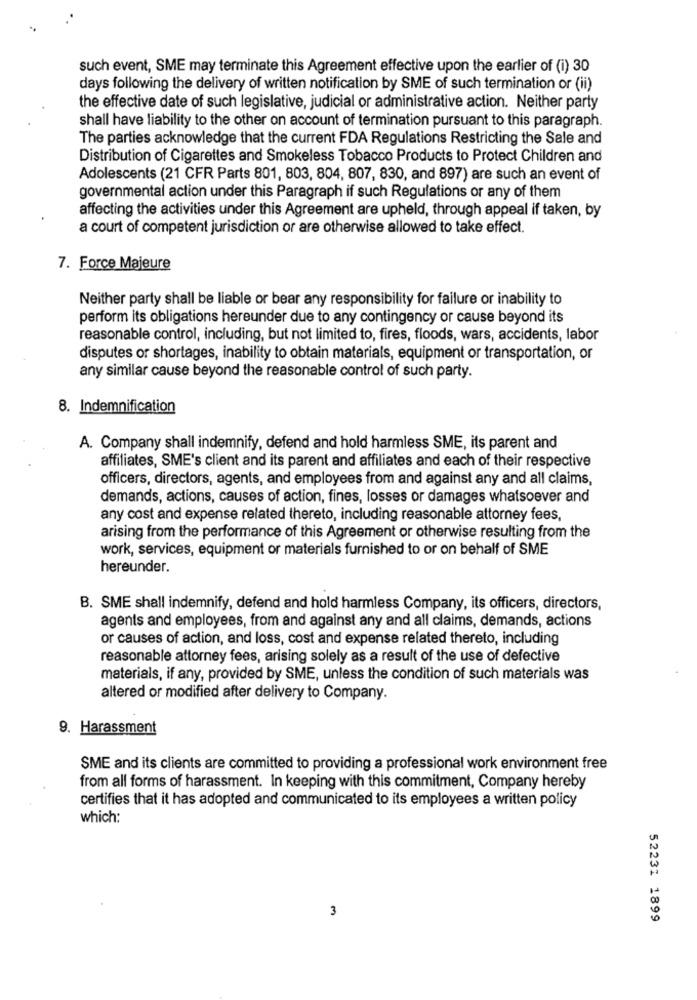
such event, SME may terminate this Agreement effective upon the earlier of (i) 30
days following the delivery of written notification by SME of such termination or (ii)
the effective date of such legislative, judicial or administrative action. Neither party
shall have liability to the other on account of termination pursuant to this paragraph.
The parties acknowledge that the current FDA Regulations Restricting the Sale and
Distribution of Cigarettes and Smokeless Tobacco Products to Protect Children and
Adolescents (21 CFR Parts 801, 803, 804, 807, 830, and 897) are such an event of
governmental action under this Paragraph if such Regulations or any of them
affecting the activities under this Agreement are upheld, through appeal if taken, by
a court of competent jurisdiction or are otherwise allowed to take effect.
7. Force Majeure
Neither party shall be liable or bear any responsibility for failure or inability to
perform its obligations hereunder due to any contingency or cause beyond its
reasonable control, including, but not limited to, fires, floods, wars, accidents, labor
disputes or shortages, inability to obtain materials, equipment or transportation, or
any similar cause beyond the reasonable control of such party.
8. Indemnification
A. Company shall indemnify, defend and hold harmless SME, its parent and
affiliates, SME's client and its parent and affiliates and each of their respective
officers, directors, agents, and employees from and against any and all claims,
demands, actions, causes of action, fines, losses or damages whatsoever and
any cost and expense related thereto, including reasonable attorney fees,
arising from the performance of this Agreement or otherwise resulting from the
work, services, equipment or materials furnished to or on behalf of SME
hereunder.
B. SME shall indemnify, defend and hold harmless Company, its officers, directors,
agents and employees, from and against any and all claims, demands, actions
or causes of action, and loss, cost and expense related thereto, including
reasonable attorney fees, arising solely as a result of the use of defective
materials, if any, provided by SME, unless the condition of such materials was
altered or modified after delivery to Company.
9. Harassment
SME and its clients are committed to providing a professional work environment free
from all forms of harassment. In keeping with this commitment, Company hereby
certifies that it has adopted and communicated to its employees a written policy
which:
3
52231 1899